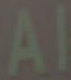
Al